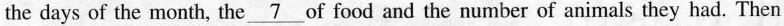
the days of the month, the\underline{7} of food and the number of animals they had. Then